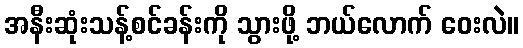
အနီးဆုံးသန့်စင်ခန်းကို သွားဖို့ ဘယ်လောက် ဝေးလဲ။